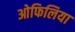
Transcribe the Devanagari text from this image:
ओफिलिया